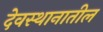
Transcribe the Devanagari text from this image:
देवस्थानातील